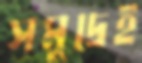
সমুদ্রেই